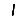
Digit: 1